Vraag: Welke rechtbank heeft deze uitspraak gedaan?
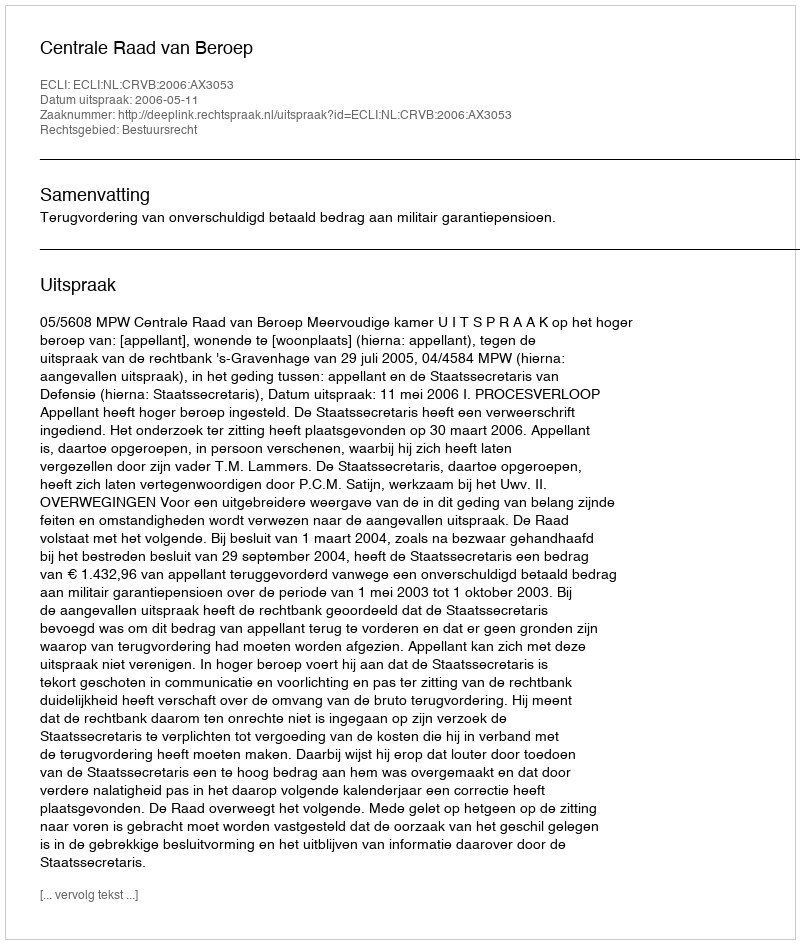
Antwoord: Centrale Raad van Beroep